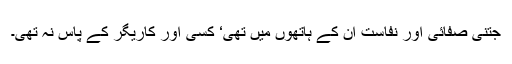
جتنی صفائی اور نفاست ان کے ہاتھوں میں تھی‘ کسی اور کاریگر کے پاس نہ تھی۔